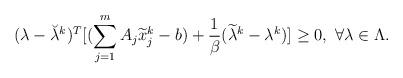
LaTeX: \begin{align*} (\lambda-\breve{\lambda}^k)^T[(\sum_{j=1}^{m}A_j\widetilde{x}_j^k-b)+\frac{1}{\beta}(\widetilde{\lambda}^k-\lambda^k)]\geq 0,~\forall \lambda\in\Lambda. \end{align*}